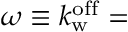
\omega \equiv k _ { \mathrm { w } } ^ { \mathrm { o f f } } =